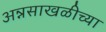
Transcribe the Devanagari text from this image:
अन्नसाखळीच्या